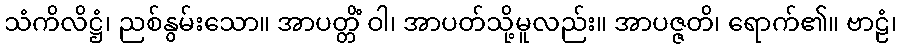
သံကိလိဋ္ဌံ၊ ညစ်နွမ်းသော။ အာပတ္တိံ ဝါ၊ အာပတ်သို့မူလည်း။ အာပဇ္ဇတိ၊ ရောက်၏။ ဗာဠံ၊